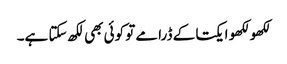
لکھو لکھو ایکتا کے ڈرامے تو کوئی بھی لکھ سکتا ہے۔